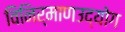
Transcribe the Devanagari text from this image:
विनिर्माणउद्योग